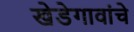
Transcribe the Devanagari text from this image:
खेडेगावांचे